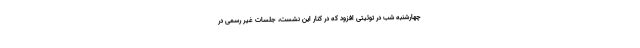
چهارشنبه شب در توئیتی افزود که در کنار این نشست، جلسات غیر رسمی در